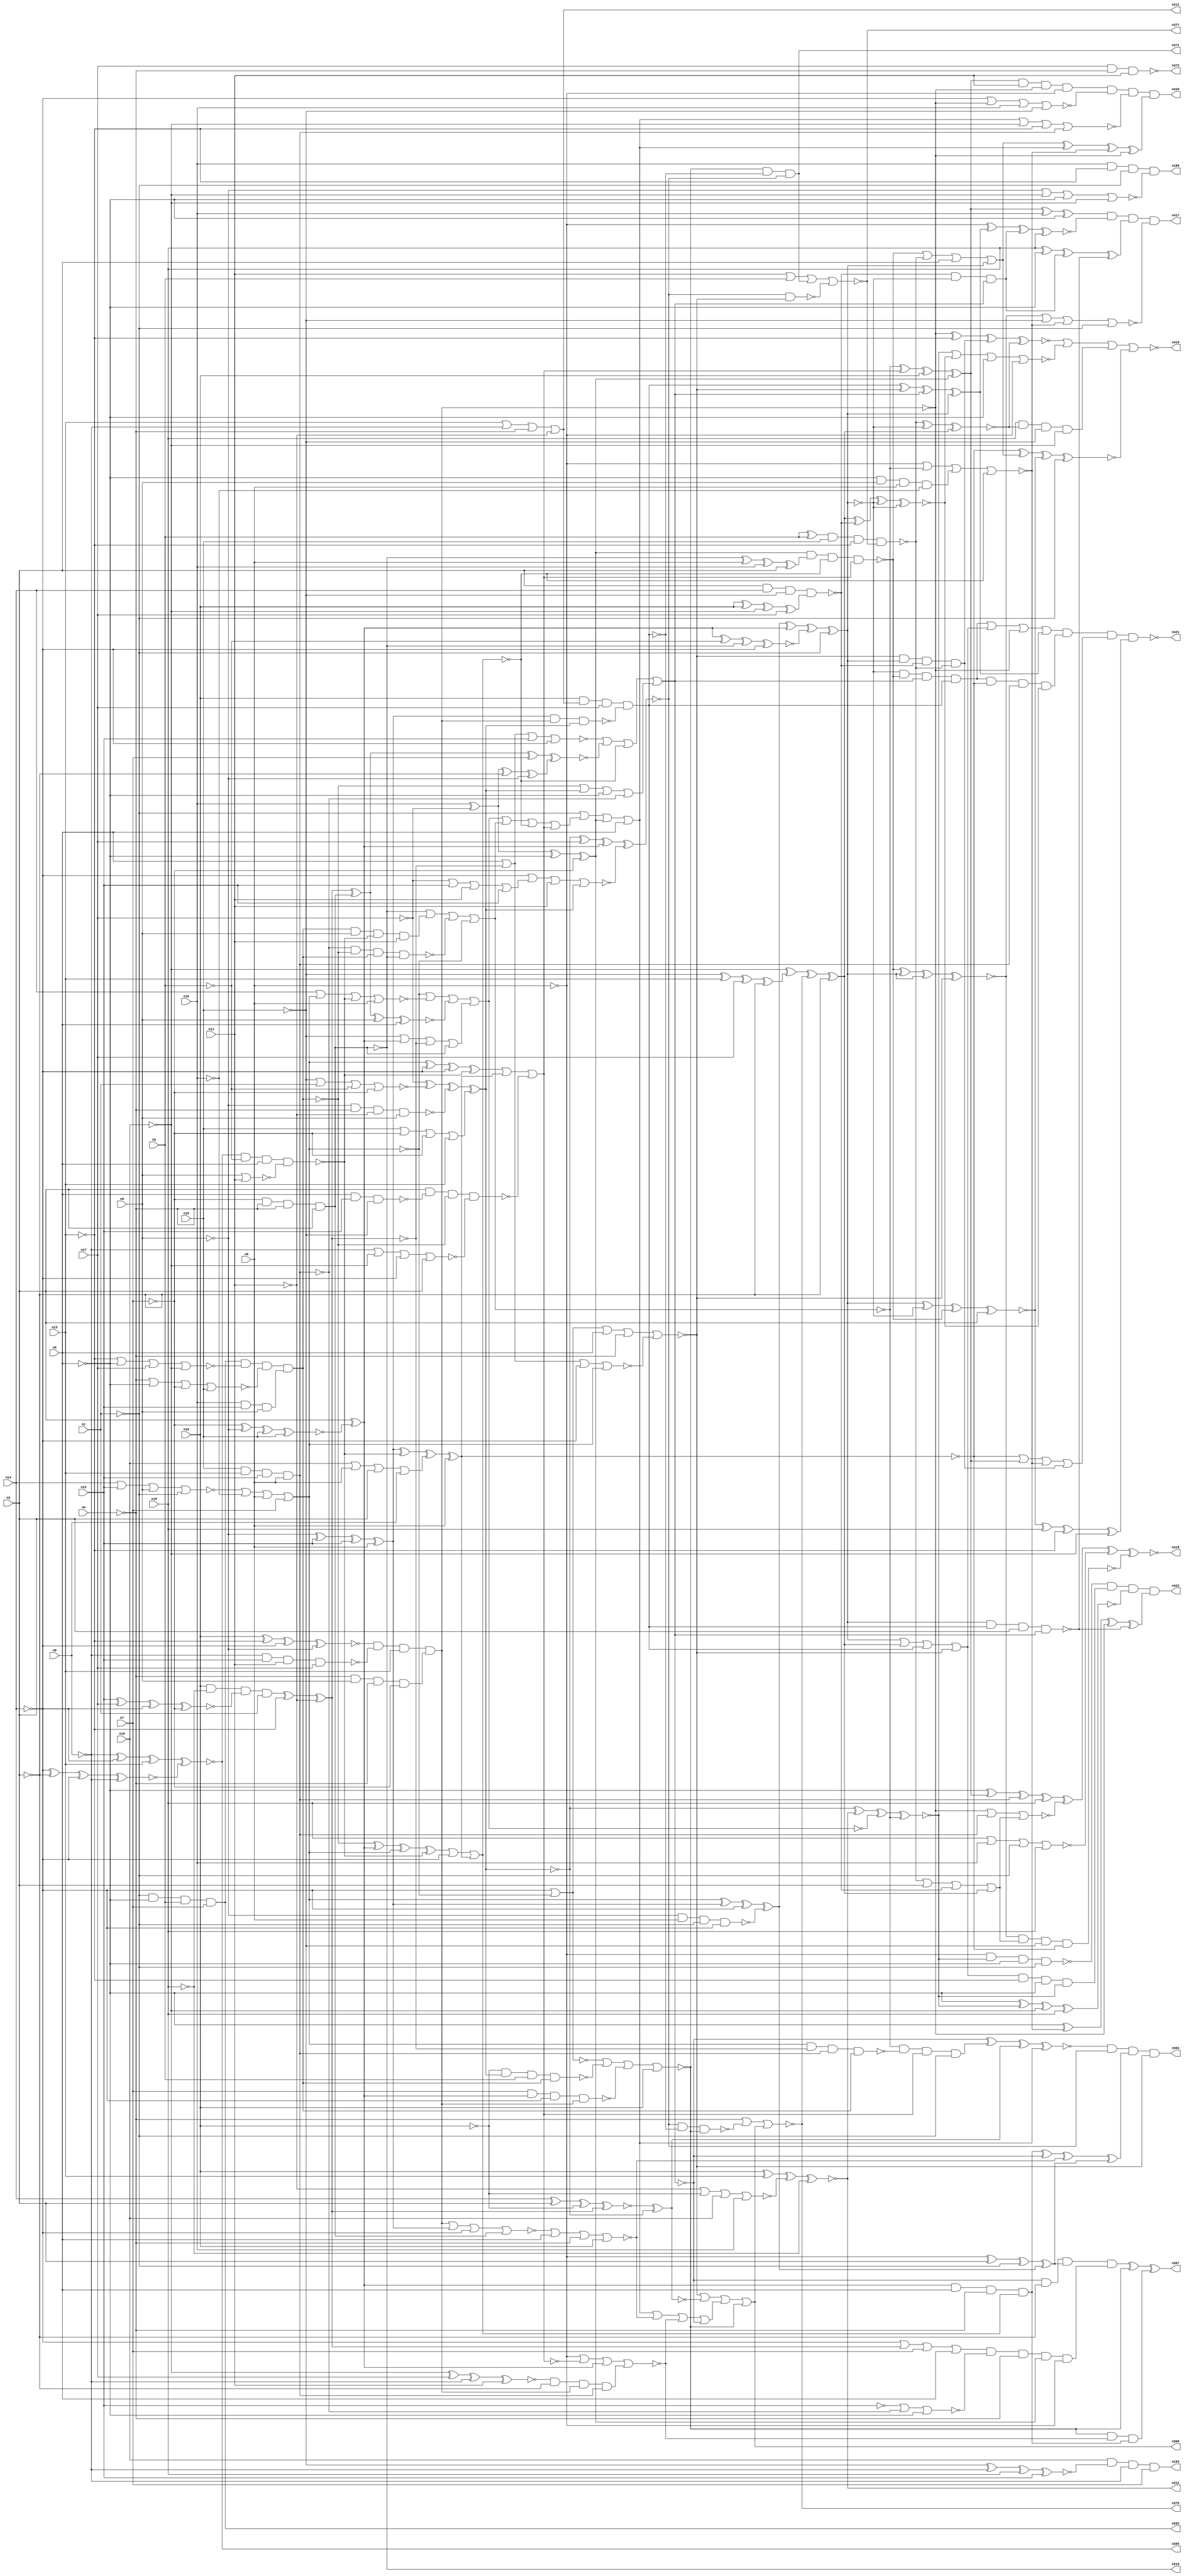
// Benchmark C:\Users\Lucas Nestor\Documents\osu\sp21\esl\circuit_generation\Stats\5_24_randomized_params\Stat_403_1822 written by SynthGen on 2021/05/24 19:47:35
module Stat_403_1822( n1, n2, n3, n4, n5, n6, n7, n8,
 n9, n10, n11, n12, n13, n14, n15, n16,
 n17, n18, n19,
 n193, n210, n211, n204, n189, n202, n212, n364,
 n368, n367, n371, n372, n377, n375, n418, n421,
 n417, n419, n422, n420);

input n1, n2, n3, n4, n5, n6, n7, n8,
 n9, n10, n11, n12, n13, n14, n15, n16,
 n17, n18, n19;

output n193, n210, n211, n204, n189, n202, n212, n364,
 n368, n367, n371, n372, n377, n375, n418, n421,
 n417, n419, n422, n420;

wire n20, n21, n22, n23, n24, n25, n26, n27,
 n28, n29, n30, n31, n32, n33, n34, n35,
 n36, n37, n38, n39, n40, n41, n42, n43,
 n44, n45, n46, n47, n48, n49, n50, n51,
 n52, n53, n54, n55, n56, n57, n58, n59,
 n60, n61, n62, n63, n64, n65, n66, n67,
 n68, n69, n70, n71, n72, n73, n74, n75,
 n76, n77, n78, n79, n80, n81, n82, n83,
 n84, n85, n86, n87, n88, n89, n90, n91,
 n92, n93, n94, n95, n96, n97, n98, n99,
 n100, n101, n102, n103, n104, n105, n106, n107,
 n108, n109, n110, n111, n112, n113, n114, n115,
 n116, n117, n118, n119, n120, n121, n122, n123,
 n124, n125, n126, n127, n128, n129, n130, n131,
 n132, n133, n134, n135, n136, n137, n138, n139,
 n140, n141, n142, n143, n144, n145, n146, n147,
 n148, n149, n150, n151, n152, n153, n154, n155,
 n156, n157, n158, n159, n160, n161, n162, n163,
 n164, n165, n166, n167, n168, n169, n170, n171,
 n172, n173, n174, n175, n176, n177, n178, n179,
 n180, n181, n182, n183, n184, n185, n186, n187,
 n188, n190, n191, n192, n194, n195, n196, n197,
 n198, n199, n200, n201, n203, n205, n206, n207,
 n208, n209, n213, n214, n215, n216, n217, n218,
 n219, n220, n221, n222, n223, n224, n225, n226,
 n227, n228, n229, n230, n231, n232, n233, n234,
 n235, n236, n237, n238, n239, n240, n241, n242,
 n243, n244, n245, n246, n247, n248, n249, n250,
 n251, n252, n253, n254, n255, n256, n257, n258,
 n259, n260, n261, n262, n263, n264, n265, n266,
 n267, n268, n269, n270, n271, n272, n273, n274,
 n275, n276, n277, n278, n279, n280, n281, n282,
 n283, n284, n285, n286, n287, n288, n289, n290,
 n291, n292, n293, n294, n295, n296, n297, n298,
 n299, n300, n301, n302, n303, n304, n305, n306,
 n307, n308, n309, n310, n311, n312, n313, n314,
 n315, n316, n317, n318, n319, n320, n321, n322,
 n323, n324, n325, n326, n327, n328, n329, n330,
 n331, n332, n333, n334, n335, n336, n337, n338,
 n339, n340, n341, n342, n343, n344, n345, n346,
 n347, n348, n349, n350, n351, n352, n353, n354,
 n355, n356, n357, n358, n359, n360, n361, n362,
 n363, n365, n366, n369, n370, n373, n374, n376,
 n378, n379, n380, n381, n382, n383, n384, n385,
 n386, n387, n388, n389, n390, n391, n392, n393,
 n394, n395, n396, n397, n398, n399, n400, n401,
 n402, n403, n404, n405, n406, n407, n408, n409,
 n410, n411, n412, n413, n414, n415, n416;

buf  g0 (n39, n12);
not  g1 (n94, n1);
buf  g2 (n32, n17);
buf  g3 (n73, n8);
buf  g4 (n78, n3);
buf  g5 (n22, n19);
not  g6 (n59, n1);
buf  g7 (n27, n11);
not  g8 (n89, n18);
not  g9 (n40, n14);
buf  g10 (n20, n18);
buf  g11 (n74, n9);
buf  g12 (n82, n5);
not  g13 (n63, n8);
buf  g14 (n42, n9);
not  g15 (n43, n17);
buf  g16 (n80, n10);
not  g17 (n35, n2);
buf  g18 (n67, n10);
not  g19 (n56, n8);
buf  g20 (n50, n3);
not  g21 (n70, n5);
buf  g22 (n44, n16);
buf  g23 (n68, n6);
not  g24 (n81, n4);
not  g25 (n41, n9);
not  g26 (n26, n2);
buf  g27 (n53, n13);
buf  g28 (n29, n5);
buf  g29 (n88, n16);
not  g30 (n38, n18);
buf  g31 (n51, n3);
not  g32 (n46, n18);
not  g33 (n90, n13);
buf  g34 (n49, n1);
not  g35 (n25, n8);
not  g36 (n31, n9);
not  g37 (n34, n5);
not  g38 (n58, n3);
buf  g39 (n71, n13);
not  g40 (n37, n7);
not  g41 (n47, n13);
buf  g42 (n93, n19);
buf  g43 (n86, n2);
not  g44 (n91, n6);
buf  g45 (n45, n12);
buf  g46 (n55, n17);
buf  g47 (n61, n11);
buf  g48 (n33, n14);
buf  g49 (n83, n17);
not  g50 (n79, n1);
not  g51 (n24, n10);
buf  g52 (n87, n11);
not  g53 (n62, n16);
buf  g54 (n77, n12);
not  g55 (n69, n7);
not  g56 (n92, n15);
buf  g57 (n60, n7);
buf  g58 (n28, n10);
buf  g59 (n76, n15);
buf  g60 (n65, n16);
buf  g61 (n84, n2);
buf  g62 (n95, n19);
buf  g63 (n21, n6);
not  g64 (n30, n14);
not  g65 (n64, n4);
not  g66 (n23, n11);
not  g67 (n72, n4);
not  g68 (n36, n15);
buf  g69 (n54, n12);
not  g70 (n48, n14);
not  g71 (n85, n4);
not  g72 (n52, n15);
not  g73 (n75, n19);
buf  g74 (n57, n6);
buf  g75 (n66, n7);
not  g76 (n115, n36);
buf  g77 (n124, n47);
not  g78 (n156, n37);
buf  g79 (n123, n37);
buf  g80 (n152, n57);
buf  g81 (n168, n57);
buf  g82 (n153, n54);
not  g83 (n137, n33);
buf  g84 (n159, n30);
not  g85 (n132, n34);
not  g86 (n136, n53);
not  g87 (n148, n33);
buf  g88 (n135, n29);
buf  g89 (n130, n23);
not  g90 (n160, n39);
buf  g91 (n141, n26);
buf  g92 (n133, n53);
buf  g93 (n112, n34);
buf  g94 (n181, n47);
buf  g95 (n107, n21);
not  g96 (n151, n41);
not  g97 (n171, n40);
buf  g98 (n158, n45);
buf  g99 (n169, n52);
buf  g100 (n176, n50);
buf  g101 (n125, n30);
not  g102 (n108, n59);
buf  g103 (n175, n44);
buf  g104 (n119, n43);
not  g105 (n116, n46);
not  g106 (n161, n26);
buf  g107 (n157, n51);
not  g108 (n105, n42);
buf  g109 (n163, n48);
not  g110 (n99, n22);
buf  g111 (n179, n60);
buf  g112 (n117, n49);
buf  g113 (n178, n50);
not  g114 (n102, n49);
buf  g115 (n131, n51);
buf  g116 (n182, n36);
buf  g117 (n165, n27);
not  g118 (n166, n30);
buf  g119 (n167, n24);
buf  g120 (n113, n55);
buf  g121 (n188, n50);
buf  g122 (n172, n61);
buf  g123 (n177, n42);
buf  g124 (n147, n58);
not  g125 (n185, n48);
not  g126 (n98, n27);
buf  g127 (n111, n41);
not  g128 (n122, n60);
buf  g129 (n164, n60);
not  g130 (n120, n29);
not  g131 (n101, n60);
buf  g132 (n104, n31);
not  g133 (n145, n57);
not  g134 (n110, n61);
buf  g135 (n106, n59);
buf  g136 (n126, n43);
buf  g137 (n128, n53);
not  g138 (n121, n35);
buf  g139 (n154, n35);
buf  g140 (n114, n20);
not  g141 (n187, n52);
buf  g142 (n96, n44);
buf  g143 (n186, n38);
not  g144 (n146, n56);
not  g145 (n180, n51);
not  g146 (n155, n28);
not  g147 (n144, n55);
nor  g148 (n134, n42, n61);
nor  g149 (n162, n25, n46, n40, n50);
xnor g150 (n97, n48, n58, n40, n56);
xor  g151 (n183, n28, n28, n38, n55);
nor  g152 (n143, n36, n49, n35, n37);
nand g153 (n139, n56, n54, n27, n55);
xor  g154 (n184, n52, n53, n32, n58);
nor  g155 (n140, n47, n34, n32, n46);
xnor g156 (n109, n52, n56, n22, n45);
nor  g157 (n127, n33, n54, n42, n59);
nand g158 (n150, n41, n21, n59, n40);
xnor g159 (n142, n28, n47, n48, n41);
xnor g160 (n149, n38, n32, n25, n61);
xor  g161 (n173, n44, n43, n58, n31);
xnor g162 (n138, n31, n39, n45, n57);
xnor g163 (n118, n45, n32, n30, n37);
nor  g164 (n103, n23, n24, n20, n44);
nor  g165 (n129, n31, n38, n34, n46);
xor  g166 (n100, n49, n35, n33, n51);
nand g167 (n174, n29, n29, n39, n36);
or   g168 (n170, n43, n54, n27, n39);
xor  g169 (n191, n75, n100, n64, n70);
xnor g170 (n204, n63, n125, n71, n97);
nand g171 (n199, n104, n72, n98, n74);
xnor g172 (n196, n101, n111, n115, n76);
and  g173 (n189, n65, n124, n106, n129);
and  g174 (n203, n65, n77, n74);
xor  g175 (n208, n96, n126, n120, n122);
xor  g176 (n192, n68, n119, n65, n113);
xor  g177 (n190, n70, n99, n67);
nand g178 (n197, n76, n71, n77, n107);
nor  g179 (n205, n127, n62, n68, n66);
nor  g180 (n201, n65, n62, n73, n117);
or   g181 (n206, n76, n69, n123, n71);
and  g182 (n207, n67, n75, n118, n108);
nand g183 (n210, n69, n72, n64, n78);
nor  g184 (n194, n73, n73, n63, n75);
or   g185 (n211, n128, n63, n72, n110);
and  g186 (n200, n72, n74, n64, n69);
nand g187 (n195, n105, n66, n77, n62);
and  g188 (n213, n70, n74, n68, n62);
and  g189 (n202, n102, n112, n121, n66);
and  g190 (n193, n116, n109, n63, n66);
or   g191 (n209, n114, n68, n78, n73);
nor  g192 (n198, n64, n70, n69, n76);
xnor g193 (n212, n67, n71, n103, n75);
buf  g194 (n223, n205);
buf  g195 (n225, n197);
not  g196 (n219, n145);
buf  g197 (n221, n137);
not  g198 (n217, n138);
buf  g199 (n214, n135);
xor  g200 (n220, n131, n196);
xnor g201 (n215, n207, n136, n201, n130);
and  g202 (n222, n202, n140, n198, n203);
and  g203 (n224, n142, n139, n133, n200);
xor  g204 (n216, n144, n143, n199, n206);
nand g205 (n218, n204, n141, n132, n134);
buf  g206 (n246, n220);
not  g207 (n232, n214);
buf  g208 (n242, n217);
buf  g209 (n241, n225);
not  g210 (n227, n210);
not  g211 (n226, n225);
buf  g212 (n240, n221);
buf  g213 (n236, n218);
not  g214 (n235, n223);
buf  g215 (n231, n215);
buf  g216 (n234, n224);
buf  g217 (n239, n222);
buf  g218 (n228, n224);
not  g219 (n243, n222);
buf  g220 (n233, n221);
buf  g221 (n247, n208);
not  g222 (n245, n216);
not  g223 (n244, n219);
buf  g224 (n237, n220);
buf  g225 (n238, n216);
buf  g226 (n230, n223);
xor  g227 (n229, n217, n218, n209, n219);
not  g228 (n250, n230);
not  g229 (n255, n232);
buf  g230 (n254, n227);
buf  g231 (n253, n226);
not  g232 (n265, n229);
buf  g233 (n258, n229);
buf  g234 (n249, n232);
buf  g235 (n260, n233);
buf  g236 (n259, n230);
buf  g237 (n263, n232);
not  g238 (n256, n231);
buf  g239 (n264, n232);
not  g240 (n266, n228);
not  g241 (n251, n231);
buf  g242 (n252, n231);
buf  g243 (n261, n226);
not  g244 (n262, n228);
buf  g245 (n248, n231);
not  g246 (n257, n227);
and  g247 (n291, n149, n147, n234, n253);
nor  g248 (n274, n166, n235, n236, n168);
nor  g249 (n279, n255, n252, n153, n233);
nand g250 (n270, n241, n243, n239, n257);
nor  g251 (n277, n160, n241, n249);
xnor g252 (n286, n256, n254, n179, n173);
nand g253 (n290, n250, n248, n253, n239);
xor  g254 (n268, n243, n237, n250, n236);
nand g255 (n281, n167, n238, n161, n239);
nand g256 (n282, n242, n242, n234, n238);
xor  g257 (n267, n235, n233, n163, n236);
or   g258 (n271, n169, n237, n248, n254);
xnor g259 (n292, n146, n256, n251, n158);
nand g260 (n273, n157, n174, n243, n162);
xnor g261 (n284, n171, n176, n155, n256);
xor  g262 (n278, n257, n152, n175, n178);
xnor g263 (n272, n254, n256, n177, n255);
nor  g264 (n283, n255, n252, n240, n235);
and  g265 (n269, n239, n151, n236, n165);
or   g266 (n276, n159, n251, n164, n255);
or   g267 (n280, n243, n238, n249, n241);
xnor g268 (n275, n235, n242, n233, n150);
nor  g269 (n288, n240, n170, n172, n238);
nor  g270 (n285, n234, n242, n240, n254);
xnor g271 (n289, n237, n154, n257, n240);
nand g272 (n287, n156, n237, n148, n234);
or   g273 (n295, n257, n269, n270, n259);
nor  g274 (n296, n268, n260, n258);
or   g275 (n293, n259, n274, n272, n271);
or   g276 (n297, n267, n258, n273);
nor  g277 (n294, n260, n259);
buf  g278 (n304, n294);
not  g279 (n308, n297);
buf  g280 (n309, n297);
not  g281 (n311, n275);
not  g282 (n301, n295);
not  g283 (n310, n295);
not  g284 (n307, n296);
not  g285 (n305, n294);
not  g286 (n300, n295);
not  g287 (n303, n293);
buf  g288 (n298, n278);
buf  g289 (n306, n296);
buf  g290 (n313, n297);
buf  g291 (n312, n296);
and  g292 (n299, n276, n277);
or   g293 (n302, n293, n295, n296, n297);
not  g294 (n315, n78);
xnor g295 (n321, n284, n245);
xor  g296 (n330, n300, n313, n80, n247);
nor  g297 (n331, n244, n310, n213, n312);
xor  g298 (n326, n244, n78, n79, n311);
and  g299 (n328, n301, n290, n313, n79);
or   g300 (n316, n279, n286, n312, n280);
xnor g301 (n332, n245, n212, n303, n310);
and  g302 (n325, n246, n82, n81, n307);
nor  g303 (n323, n285, n82, n81, n80);
nand g304 (n314, n247, n298, n306, n309);
or   g305 (n329, n79, n302, n247, n82);
xor  g306 (n322, n311, n246, n289, n79);
xor  g307 (n317, n245, n83, n246, n288);
or   g308 (n320, n304, n281, n287, n80);
nor  g309 (n324, n244, n308, n246, n291);
nand g310 (n318, n80, n211, n83, n282);
and  g311 (n327, n299, n81, n247, n244);
nor  g312 (n319, n305, n82, n81, n283);
not  g313 (n347, n315);
buf  g314 (n339, n318);
not  g315 (n344, n318);
not  g316 (n337, n317);
not  g317 (n350, n322);
buf  g318 (n340, n314);
buf  g319 (n351, n316);
buf  g320 (n349, n319);
buf  g321 (n341, n321);
buf  g322 (n345, n322);
not  g323 (n346, n322);
buf  g324 (n333, n315);
buf  g325 (n342, n319);
buf  g326 (n352, n314);
not  g327 (n335, n316);
not  g328 (n338, n320);
buf  g329 (n348, n322);
not  g330 (n336, n320);
not  g331 (n334, n321);
not  g332 (n343, n317);
and  g333 (n355, n335, n333, n326, n327);
and  g334 (n353, n327, n328, n324, n323);
xnor g335 (n359, n335, n328, n334, n329);
or   g336 (n354, n328, n323, n327, n326);
and  g337 (n361, n336, n324, n325);
xor  g338 (n357, n326, n333, n334, n328);
or   g339 (n356, n329, n323, n324, n335);
and  g340 (n360, n324, n327, n325, n336);
xor  g341 (n358, n325, n335, n323, n326);
or   g342 (n368, n342, n341, n356, n338);
nor  g343 (n365, n353, n360, n342, n341);
nand g344 (n370, n337, n337, n343, n342);
xor  g345 (n366, n343, n340);
nand g346 (n369, n337, n339, n338);
and  g347 (n371, n336, n339, n337);
and  g348 (n364, n359, n343, n358, n342);
xor  g349 (n367, n355, n338, n361);
xor  g350 (n363, n338, n340, n354, n357);
nor  g351 (n362, n336, n341, n343);
nor  g352 (n375, n85, n85, n369, n368);
nand g353 (n372, n83, n85, n87);
xor  g354 (n376, n86, n84);
nor  g355 (n377, n87, n86, n371, n370);
and  g356 (n373, n84, n366, n367, n83);
xnor g357 (n374, n292, n85, n86);
nand g358 (n380, n188, n185, n182, n183);
xor  g359 (n378, n186, n184, n375, n180);
nand g360 (n379, n376, n187, n181, n377);
or   g361 (n381, n352, n379, n347, n345);
xnor g362 (n383, n352, n345, n348, n349);
and  g363 (n390, n349, n345, n380, n379);
or   g364 (n391, n379, n347, n380, n378);
and  g365 (n389, n346, n352, n351, n344);
xnor g366 (n392, n379, n346, n378);
xnor g367 (n387, n378, n380, n346, n350);
xor  g368 (n386, n344, n349, n351, n348);
or   g369 (n382, n345, n378, n344, n349);
and  g370 (n388, n380, n350, n351);
nand g371 (n384, n348, n344, n347, n351);
xnor g372 (n385, n348, n350, n352, n347);
xnor g373 (n399, n263, n332, n89, n95);
nand g374 (n414, n91, n332, n264, n94);
nor  g375 (n406, n266, n262, n261, n391);
xnor g376 (n410, n91, n386, n388, n93);
xor  g377 (n396, n264, n330, n261, n93);
or   g378 (n405, n389, n382, n262, n386);
nor  g379 (n401, n93, n88, n94, n95);
nor  g380 (n395, n383, n92, n331, n94);
nor  g381 (n400, n260, n266, n88, n92);
and  g382 (n394, n382, n90, n264, n332);
and  g383 (n415, n389, n265, n261, n387);
xor  g384 (n407, n330, n88, n263);
xnor g385 (n403, n266, n90, n390, n392);
nor  g386 (n398, n329, n89, n90, n261);
nor  g387 (n393, n332, n387, n263, n91);
or   g388 (n397, n265, n330, n331, n390);
and  g389 (n408, n95, n392, n92, n89);
xor  g390 (n402, n263, n331, n262, n384);
xor  g391 (n413, n381, n329, n331, n262);
xor  g392 (n409, n385, n95, n90, n89);
xnor g393 (n411, n265, n381, n385, n94);
nand g394 (n416, n383, n391, n92, n265);
and  g395 (n412, n330, n87, n266, n91);
xor  g396 (n404, n93, n264, n388, n384);
and  g397 (n420, n412, n400, n398, n413);
nand g398 (n421, n405, n415, n397, n409);
nor  g399 (n419, n403, n393, n408, n411);
xnor g400 (n418, n396, n406, n401, n416);
and  g401 (n422, n414, n394, n399, n402);
and  g402 (n417, n407, n410, n404, n395);
endmodule